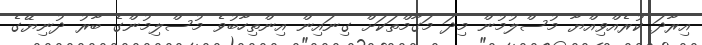
އިރާދަ ކުރެއްވިއްޔާ މުސްލުމުން މިދަ މަގާމްތަކަށް ގިނައިން އިންތިހާބުވެ މުސްލިމުންގެ ބާރު ދުުނިޔޭގެ